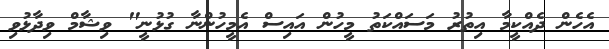
އެހެން ދެއްކީމާ އިތުރު މަސައްކަތު މީހުން އައިސް އެމީހުންނާ ގުޅުނީ" ވިޝާމް ވިދާޅުވި